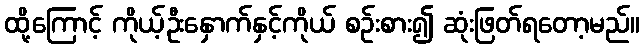
ထို့ကြောင့် ကိုယ့်ဦးနှောက်နှင့်ကိုယ် စဉ်းစား၍ ဆုံးဖြတ်ရတော့မည်။